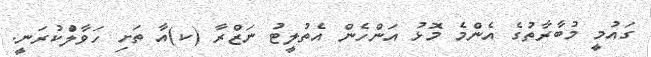
ގައުމީ މުބާރާތުގެ އެންމެ މޮޅު އަންހެން އެތުލީޓު ނަޒްރާ (ކ)އާ ތަށި ހަވާލުްކުރަނީ.